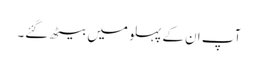
آپ ان کے پہلو میں بیٹھ گئے۔